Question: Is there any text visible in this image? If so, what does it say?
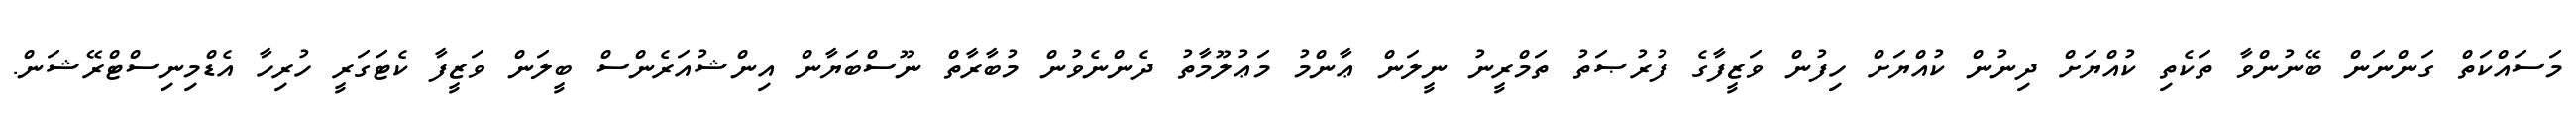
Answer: މަސައްކަތް ގަންނަން ބޭނުންވާ ތަކެތި ކުއްޔަށް ދިނުން ކުއްޔަށް ހިފުން ވަޒީފާގެ ފުރުޞަތު ތަމްރީނު ނީލަން ޢާންމު މަޢުލޫމާތު ދެންނެވުން މުބާރާތް ނޫސްބަޔާން އިންޝުއަރެންސް ބީލަން ވަޒީފާ ކެޓަގަރީ ހުރިހާ އެޑްމިނިސްޓްރޭޝަން.